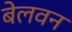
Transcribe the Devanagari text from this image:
बेलवन